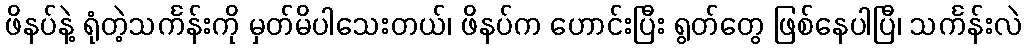
ဖိနပ်နဲ့ ရုံတဲ့သင်္ကန်းကို မှတ်မိပါသေးတယ်၊ ဖိနပ်က ဟောင်းပြီး ရွတ်တွေ ဖြစ်နေပါပြီ၊ သင်္ကန်းလဲ